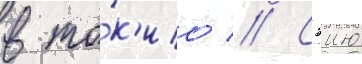
в то́к'ио // Сэию